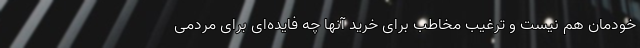
خودمان هم نیست و ترغیب مخاطب برای خرید آنها چه فایده‌ای برای مردمی